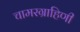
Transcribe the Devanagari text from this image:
चामरग्राहिणी